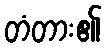
တံတား၏